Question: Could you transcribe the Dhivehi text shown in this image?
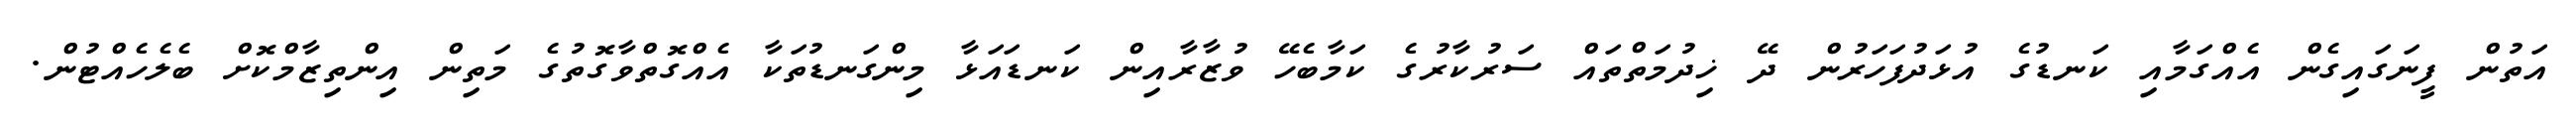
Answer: އަތުން ފީނަގައިގެން އެއްގަމާއި ކަނޑުގެ އުޅަދުފަހަރުން ދޭ ޚިދުމަތްތައް ސަރުކާރުގެ ކަމާބެހޭ ވުޒާރާއިން ކަނޑައަޅާ މިންގަނޑުތަކާ އެއްގޮތްވާގޮތުގެ މަތިން އިންތިޒާމްކޮށް ބެލެހެއްޓުން.